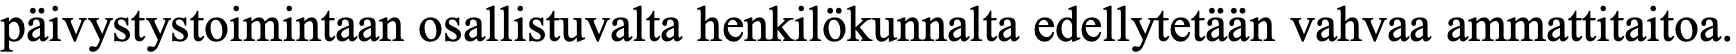
päivystystoimintaan osallistuvalta henkilökunnalta edellytetään vahvaa ammattitaitoa.